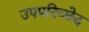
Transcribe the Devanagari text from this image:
उपपरिच्छेद